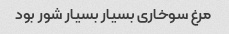
مرغ سوخاری بسیار بسیار شور بود